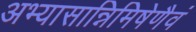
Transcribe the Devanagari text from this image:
अभ्यासान्निमिषेणैवं